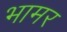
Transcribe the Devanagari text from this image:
भामर